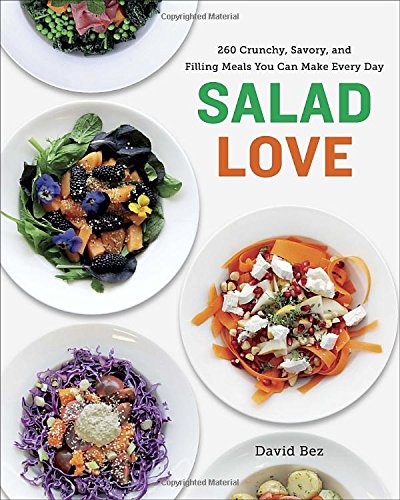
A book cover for Salad Love: Crunchy, Savory, and Filling Meals You Can Make Every Day; David Bez; Cookbooks, Food & Wine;